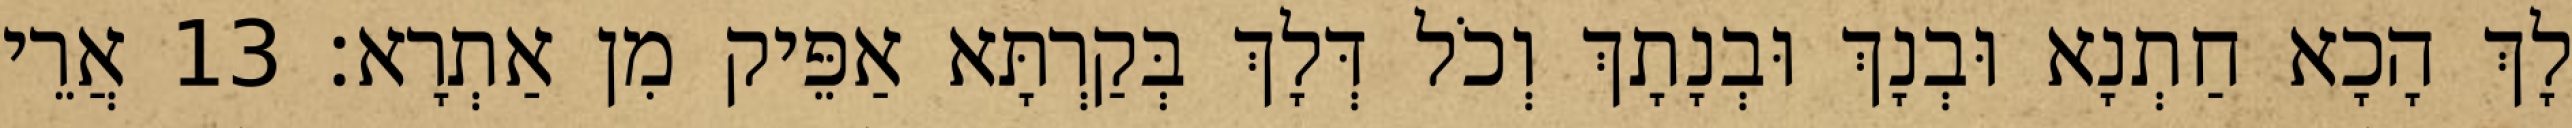
לָךְ הָכָא חַתְנָא וּבְנָךְ וּבְנָתָךְ וְכֹל דְּלָךְ בְּקַרְתָּא אַפֵּיק מִן אַתְרָא׃ 13 אֲרֵי